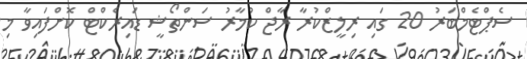
ސެޕްޓެމްބަރު 20 ގައި ރިލީޒްކުރާ ރާޖް ކުމާރު ސަންތޯޝީ ޑައިރެކްޓް ކޮށްފައިވާ މި